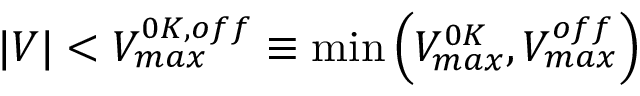
\vert V \vert < V _ { m a x } ^ { 0 K , o f f } \equiv \operatorname* { m i n } \left( V _ { m a x } ^ { 0 K } , V _ { m a x } ^ { o f f } \right)